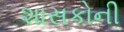
શાસકોની